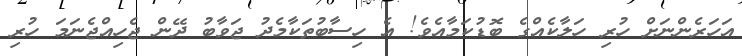
އަހަރެންނަށް ހުރި ހަލާކެއްގެ ބޮޑުކަމާއެވެ! އެ ހިސާބުތަކާމެދު ޖަވާބު ދޭން ޖެހިއްޖެނަމަ ހުރި